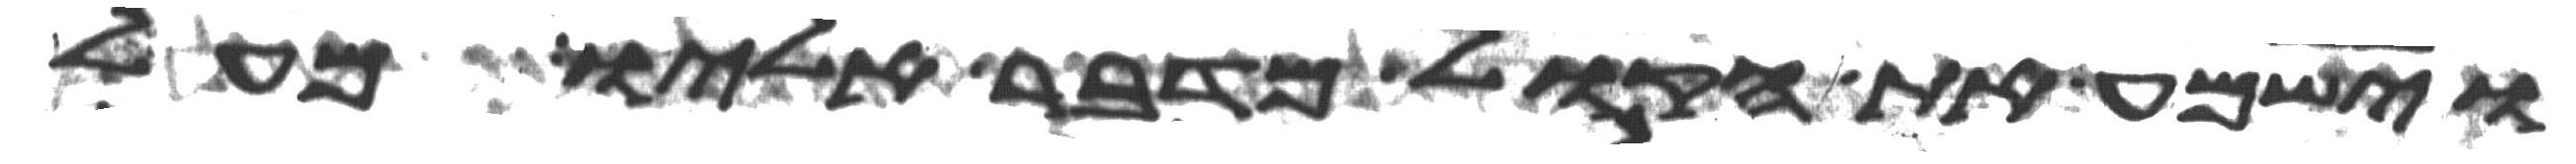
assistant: וישמע את הקול מדבר אליו מעל